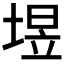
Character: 𮰧